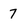
Character: 7